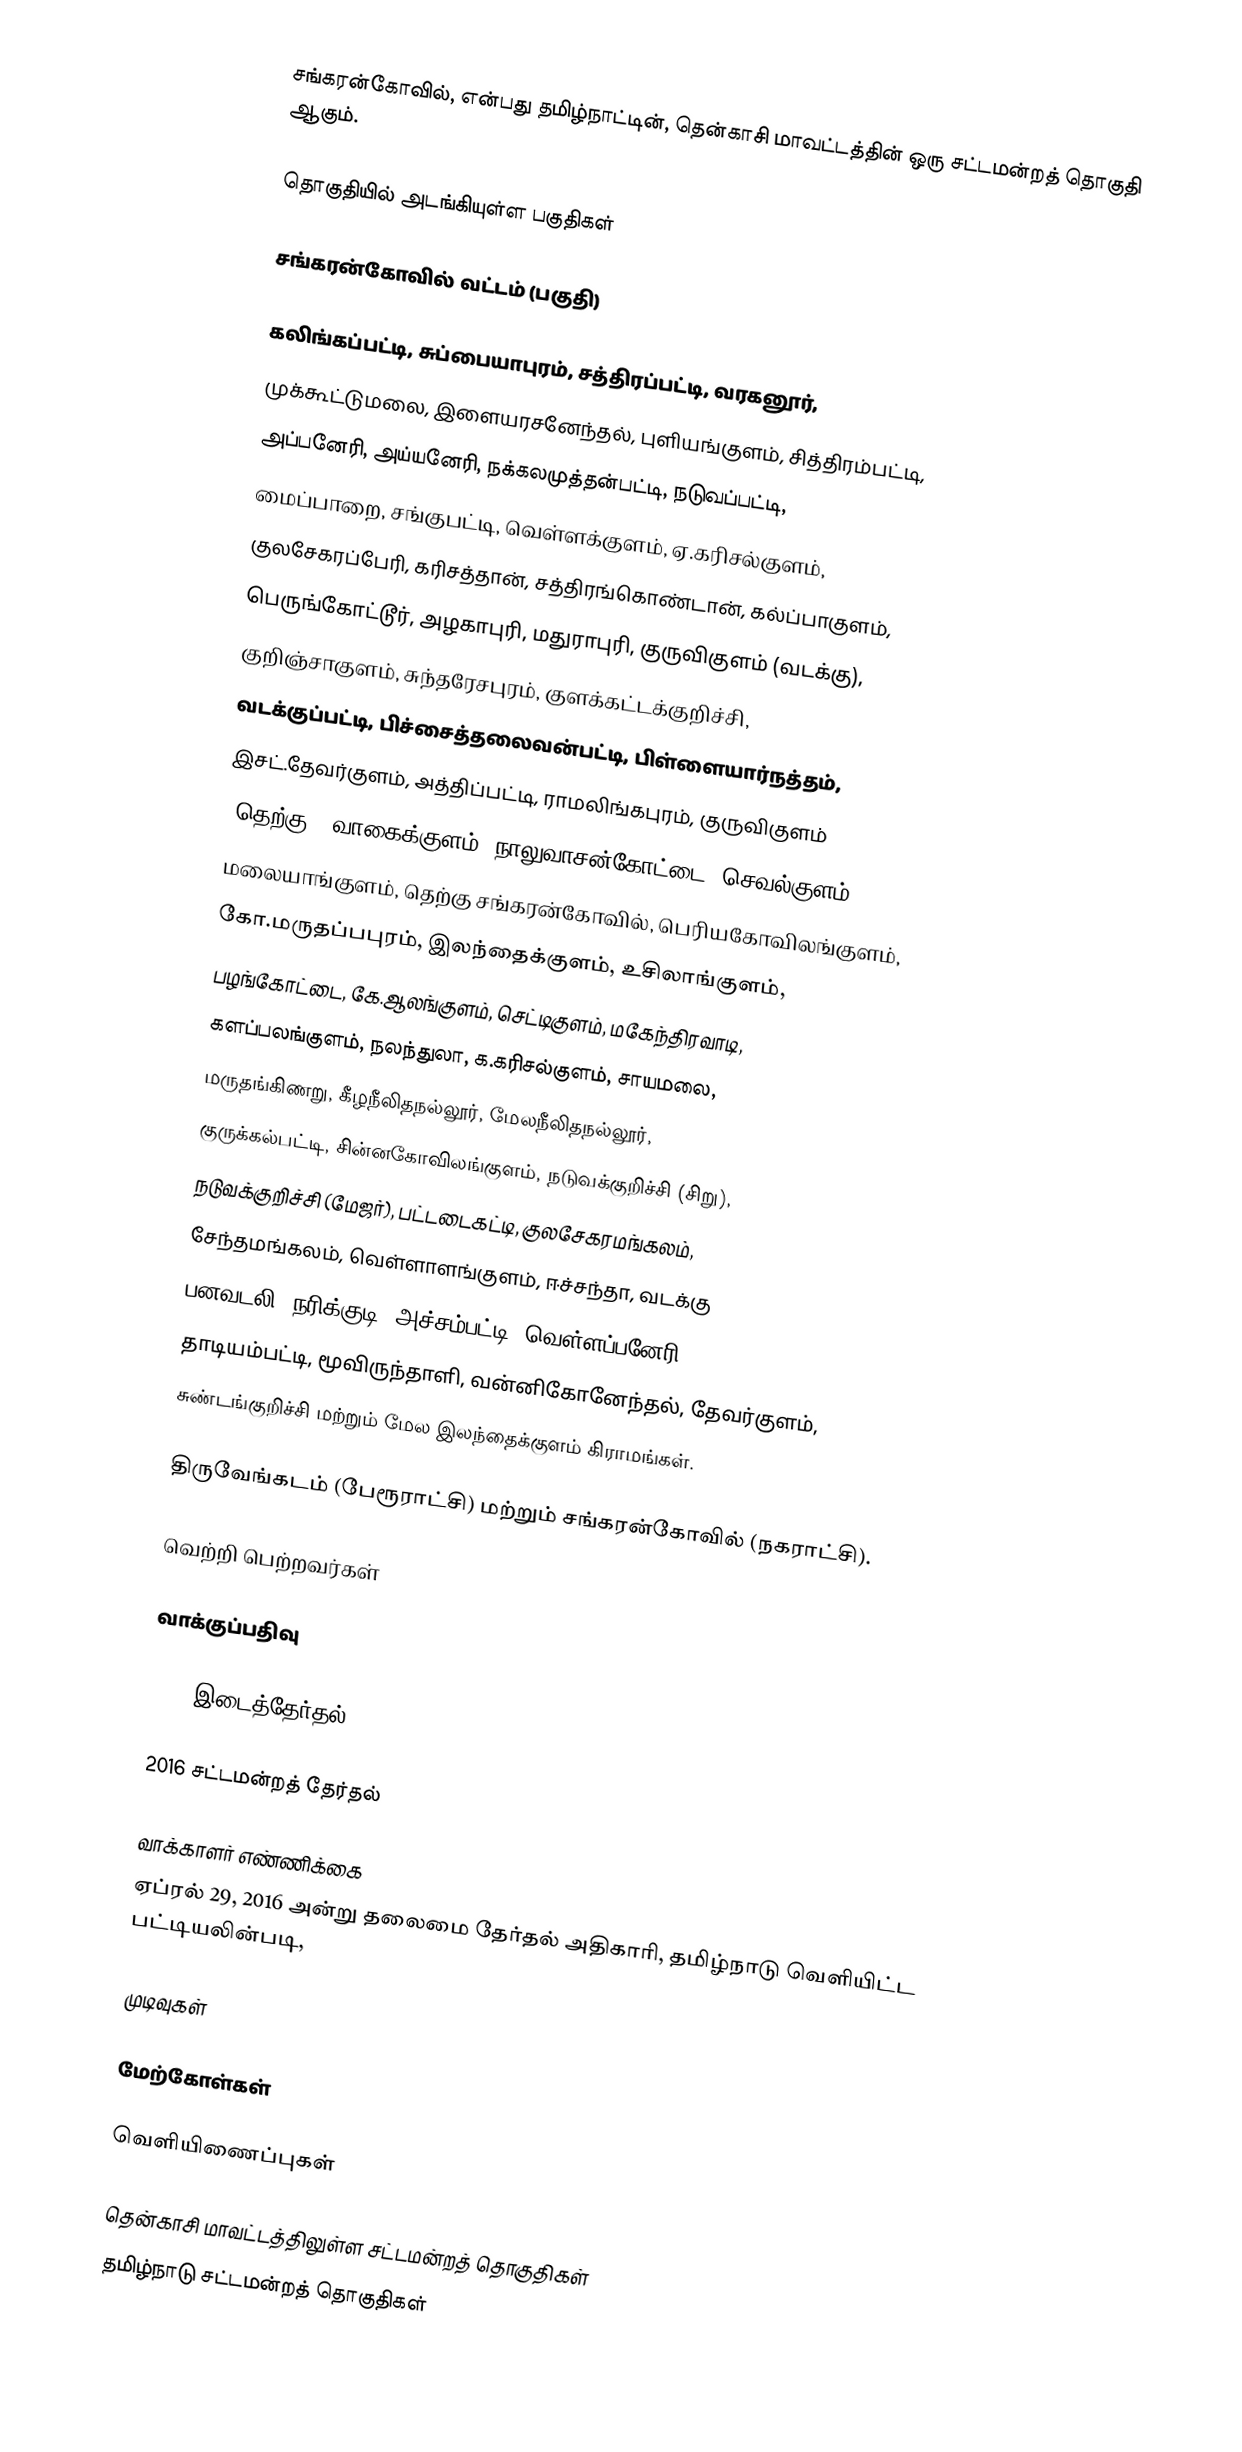
சங்கரன்கோவில், என்பது தமிழ்நாட்டின், தென்காசி மாவட்டத்தின் ஒரு சட்டமன்றத் தொகுதி ஆகும்.

தொகுதியில் அடங்கியுள்ள பகுதிகள்

 சங்கரன்கோவில் வட்டம்  (பகுதி)

கலிங்கப்பட்டி, சுப்பையாபுரம், சத்திரப்பட்டி, வரகனூர்,
முக்கூட்டுமலை, இளையரசனேந்தல், புளியங்குளம், சித்திரம்பட்டி,
அப்பனேரி, அய்யனேரி, நக்கலமுத்தன்பட்டி, நடுவப்பட்டி,
மைப்பாறை, சங்குபட்டி, வெள்ளக்குளம், ஏ.கரிசல்குளம்,
குலசேகரப்பேரி, கரிசத்தான், சத்திரங்கொண்டான், கல்ப்பாகுளம்,
பெருங்கோட்டூர், அழகாபுரி, மதுராபுரி, குருவிகுளம் (வடக்கு),
குறிஞ்சாகுளம், சுந்தரேசபுரம், குளக்கட்டக்குறிச்சி,
வடக்குப்பட்டி, பிச்சைத்தலைவன்பட்டி, பிள்ளையார்நத்தம்,
இசட்.தேவர்குளம், அத்திப்பட்டி, ராமலிங்கபுரம், குருவிகுளம்
(தெற்கு), வாகைக்குளம், நாலுவாசன்கோட்டை, செவல்குளம்,
மலையாங்குளம், தெற்கு சங்கரன்கோவில், பெரியகோவிலங்குளம்,
கோ.மருதப்பபுரம், இலந்தைக்குளம், உசிலாங்குளம்,
பழங்கோட்டை, கே.ஆலங்குளம், செட்டிகுளம், மகேந்திரவாடி,
களப்பலங்குளம், நலந்துலா, க.கரிசல்குளம், சாயமலை,
மருதங்கிணறு, கீழநீலிதநல்லூர், மேலநீலிதநல்லூர்,
குருக்கல்பட்டி, சின்னகோவிலங்குளம், நடுவக்குறிச்சி (சிறு),
நடுவக்குறிச்சி (மேஜர்), பட்டடைகட்டி, குலசேகரமங்கலம்,
சேந்தமங்கலம், வெள்ளாளங்குளம், ஈச்சந்தா, வடக்கு
பனவடலி, நரிக்குடி, அச்சம்பட்டி, வெள்ளப்பனேரி,
தாடியம்பட்டி, மூவிருந்தாளி, வன்னிகோனேந்தல், தேவர்குளம்,
சுண்டங்குறிச்சி மற்றும் மேல இலந்தைக்குளம் கிராமங்கள்.

திருவேங்கடம் (பேரூராட்சி) மற்றும் சங்கரன்கோவில் (நகராட்சி).

வெற்றி பெற்றவர்கள்

வாக்குப்பதிவு

2012 இடைத்தேர்தல்

2016 சட்டமன்றத் தேர்தல்

வாக்காளர் எண்ணிக்கை
ஏப்ரல் 29, 2016 அன்று தலைமை தேர்தல் அதிகாரி, தமிழ்நாடு வெளியிட்ட பட்டியலின்படி,

முடிவுகள்

மேற்கோள்கள்

வெளியிணைப்புகள்

தென்காசி மாவட்டத்திலுள்ள சட்டமன்றத் தொகுதிகள்
தமிழ்நாடு சட்டமன்றத் தொகுதிகள்